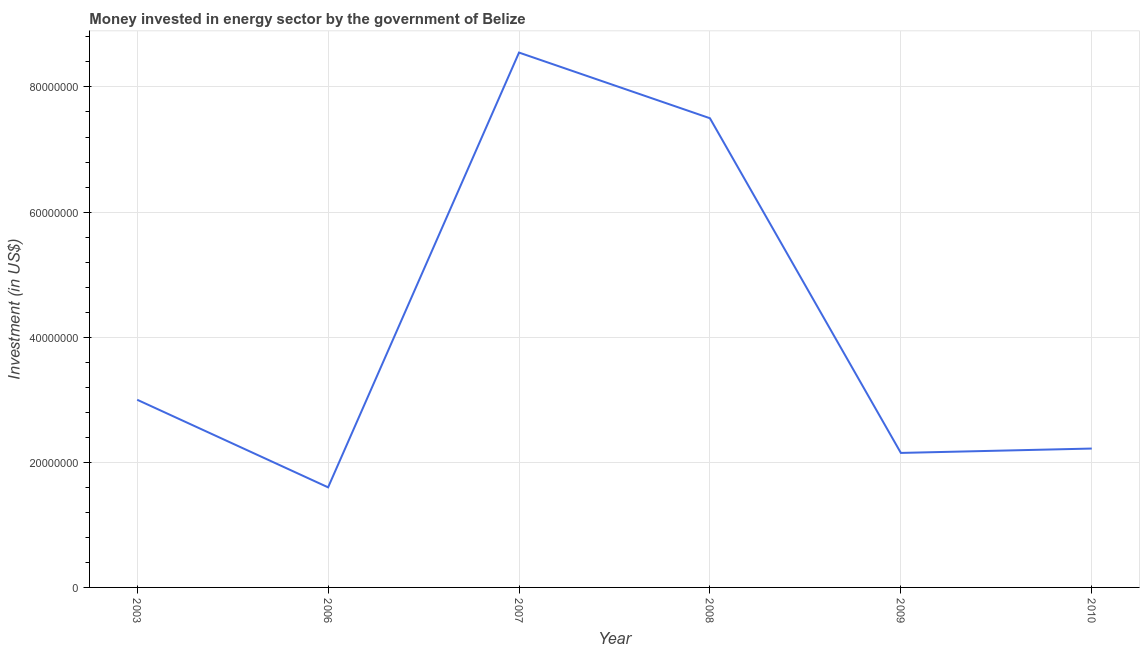
| Year | Investment in energy with private participation (current US$) |
 | --- | --- |
 | 2003 | 3e+07 |
 | 2006 | 1.6e+07 |
 | 2007 | 8.55e+07 |
 | 2008 | 7.5e+07 |
 | 2009 | 2.15e+07 |
 | 2010 | 2.22e+07 |